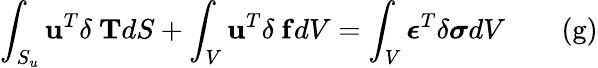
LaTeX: \int_{S_{u}}\mathbf{u}^{T}\delta\ \mathbf{T}dS+\int_{V}\mathbf{u}^{T}\delta\ \mathbf{f}dV=\int_{V}{\boldsymbol{\epsilon}}^{T}\delta{\boldsymbol{\sigma}}dV\qquad\mathrm{(g)}